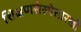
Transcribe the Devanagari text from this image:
शिक्षणसंस्थेसारखी